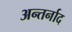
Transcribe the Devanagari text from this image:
अन्तर्नाद